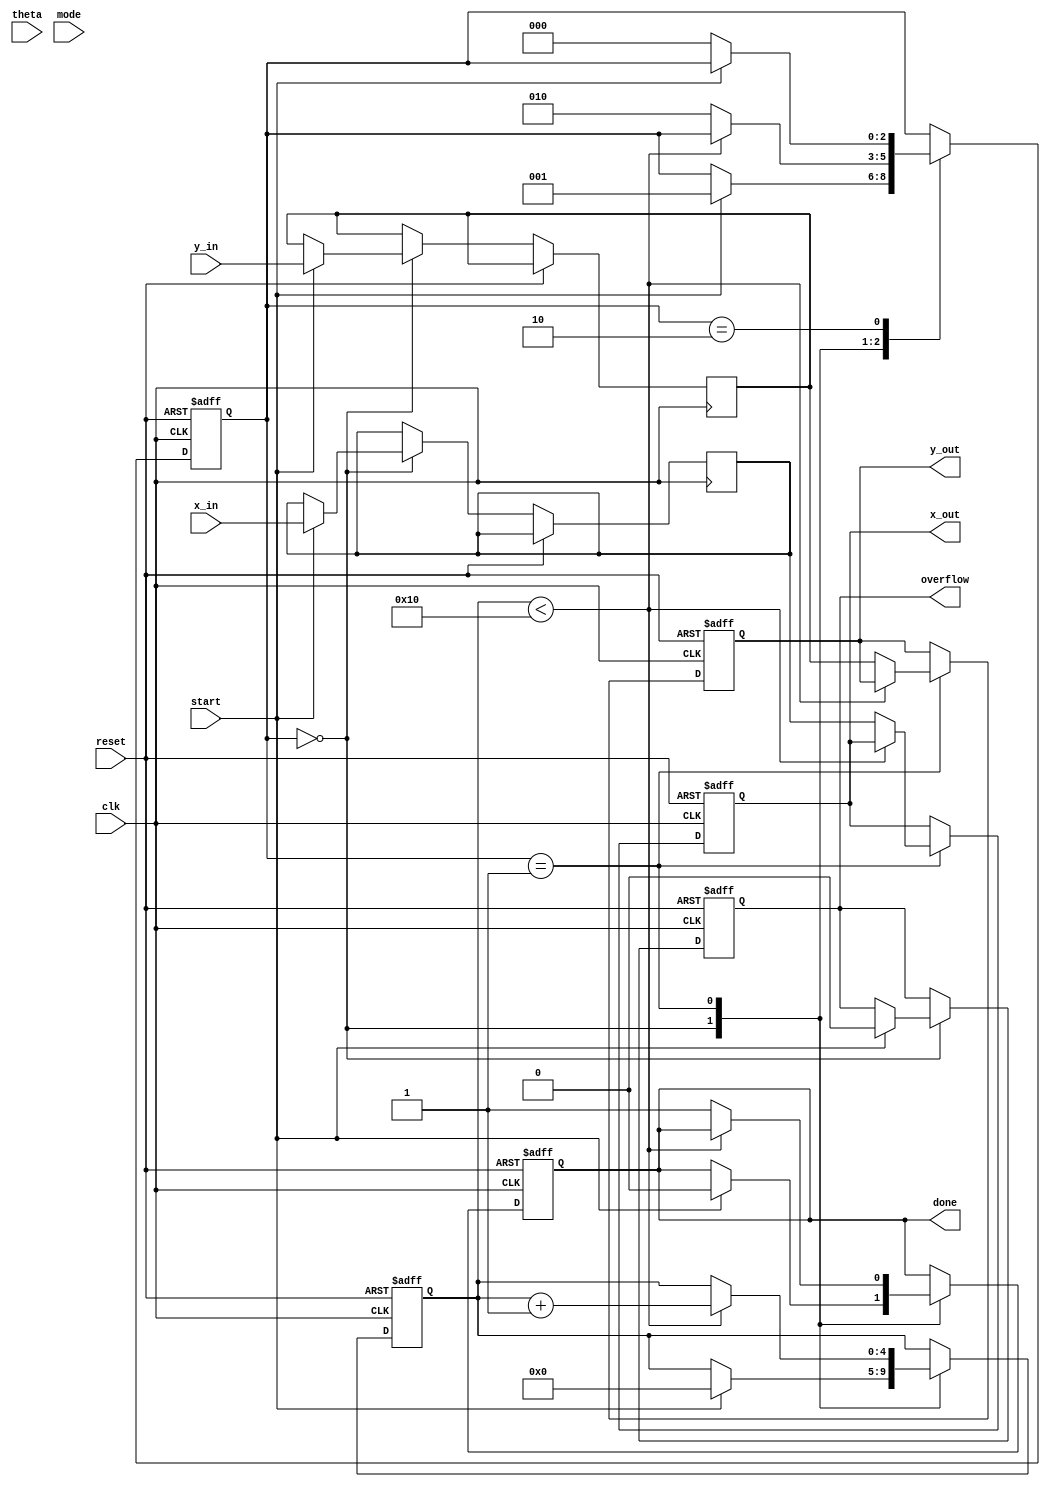
module unified_cordic #(
    parameter WIDTH = 16,           // Bit width for fixed-point representation
    parameter ITERATIONS = 16       // Number of iterations for CORDIC
)(
    input  wire clk,                // Clock signal
    input  wire reset,              // Reset signal
    input  wire start,              // Start signal for operation
    input  wire [WIDTH-1:0] x_in,   // Input X vector
    input  wire [WIDTH-1:0] y_in,   // Input Y vector
    input  wire [WIDTH-1:0] theta,  // Input angle for rotation
    input  wire [2:0] mode,         // Operation mode: 0 - Rotation, 1 - Vectoring, 2 - Multiplication, 3 - Division
    output reg [WIDTH-1:0] x_out,   // Output X vector
    output reg [WIDTH-1:0] y_out,   // Output Y vector
    output reg done,                // Operation done signal
    output reg overflow             // Overflow signal
);

    // CORDIC constants
    reg [WIDTH-1:0] atan_lut [0:ITERATIONS-1]; // Lookup table for arctan values
    initial begin
        // Initialize the arctan lookup table (fixed-point representation)
        // This should be filled with appropriate values for CORDIC
        atan_lut[0] = 16'h2000; // atan(1) = /4
        // Fill in the rest of the lookup table
        // ...
    end

    reg [WIDTH-1:0] x_reg, y_reg, z_reg; // Registers for the CORDIC operation
    reg [4:0] iteration_count;            // Iteration counter
    reg [2:0] state;                      // State variable for FSM

    // State machine for controlling the operation
    localparam IDLE = 3'b000;
    localparam CALCULATE = 3'b001;
    localparam DONE = 3'b010;

    always @(posedge clk or posedge reset) begin
        if (reset) begin
            x_out <= 0;
            y_out <= 0;
            done <= 0;
            overflow <= 0;
            state <= IDLE;
            iteration_count <= 0;
        end else begin
            case (state)
                IDLE: begin
                    if (start) begin
                        x_reg <= x_in;
                        y_reg <= y_in;
                        z_reg <= theta;
                        iteration_count <= 0;
                        state <= CALCULATE;
                        done <= 0;
                        overflow <= 0;
                    end
                end
                
                CALCULATE: begin
                    if (iteration_count < ITERATIONS) begin
                        // CORDIC iteration logic
                        // Rotation or vectoring operation based on mode
                        case (mode)
                            3'b000: begin // Rotation Mode
                                // Perform rotation operation
                                // Update x_reg, y_reg, z_reg based on the CORDIC algorithm
                                // ...
                            end
                            3'b001: begin // Vectoring Mode
                                // Perform vectoring operation
                                // Update x_reg, y_reg, z_reg based on the CORDIC algorithm
                                // ...
                            end
                            3'b010: begin // Multiplication Mode
                                // Implement multiplication using CORDIC
                                // ...
                            end
                            3'b011: begin // Division Mode
                                // Implement division using CORDIC
                                // ...
                            end
                        endcase
                        iteration_count <= iteration_count + 1;
                    end else begin
                        // Finish the operation
                        x_out <= x_reg;
                        y_out <= y_reg;
                        done <= 1;
                        state <= DONE;
                    end
                end
                
                DONE: begin
                    // Wait for the next operation
                    if (!start) begin
                        state <= IDLE;
                    end
                end
            endcase
        end
    end

endmodule